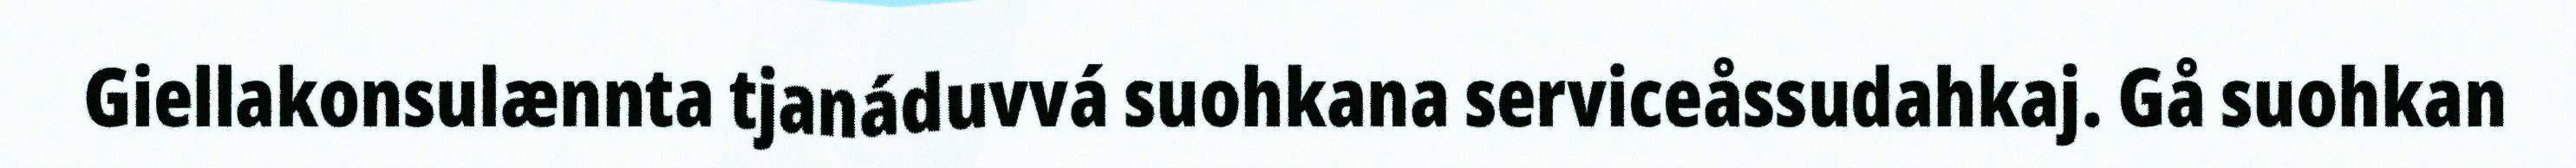
Giellakonsulænnta tjanáduvvá suohkana serviceåssudahkaj. Gå suohkan